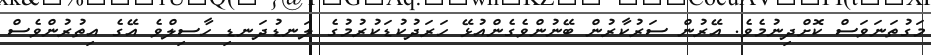
މަގުތަނަވަސް ކޮށްދިނުމެވެ. އޭރުން ސަރުކާރުން ބޭނުންވެގެންއުޅޭ ހަރަދުކުޑަކުރުމުގެ ލަނޑުދަނޑި ހާސިލްވެ އޭގެ އިތުރުންވެސް